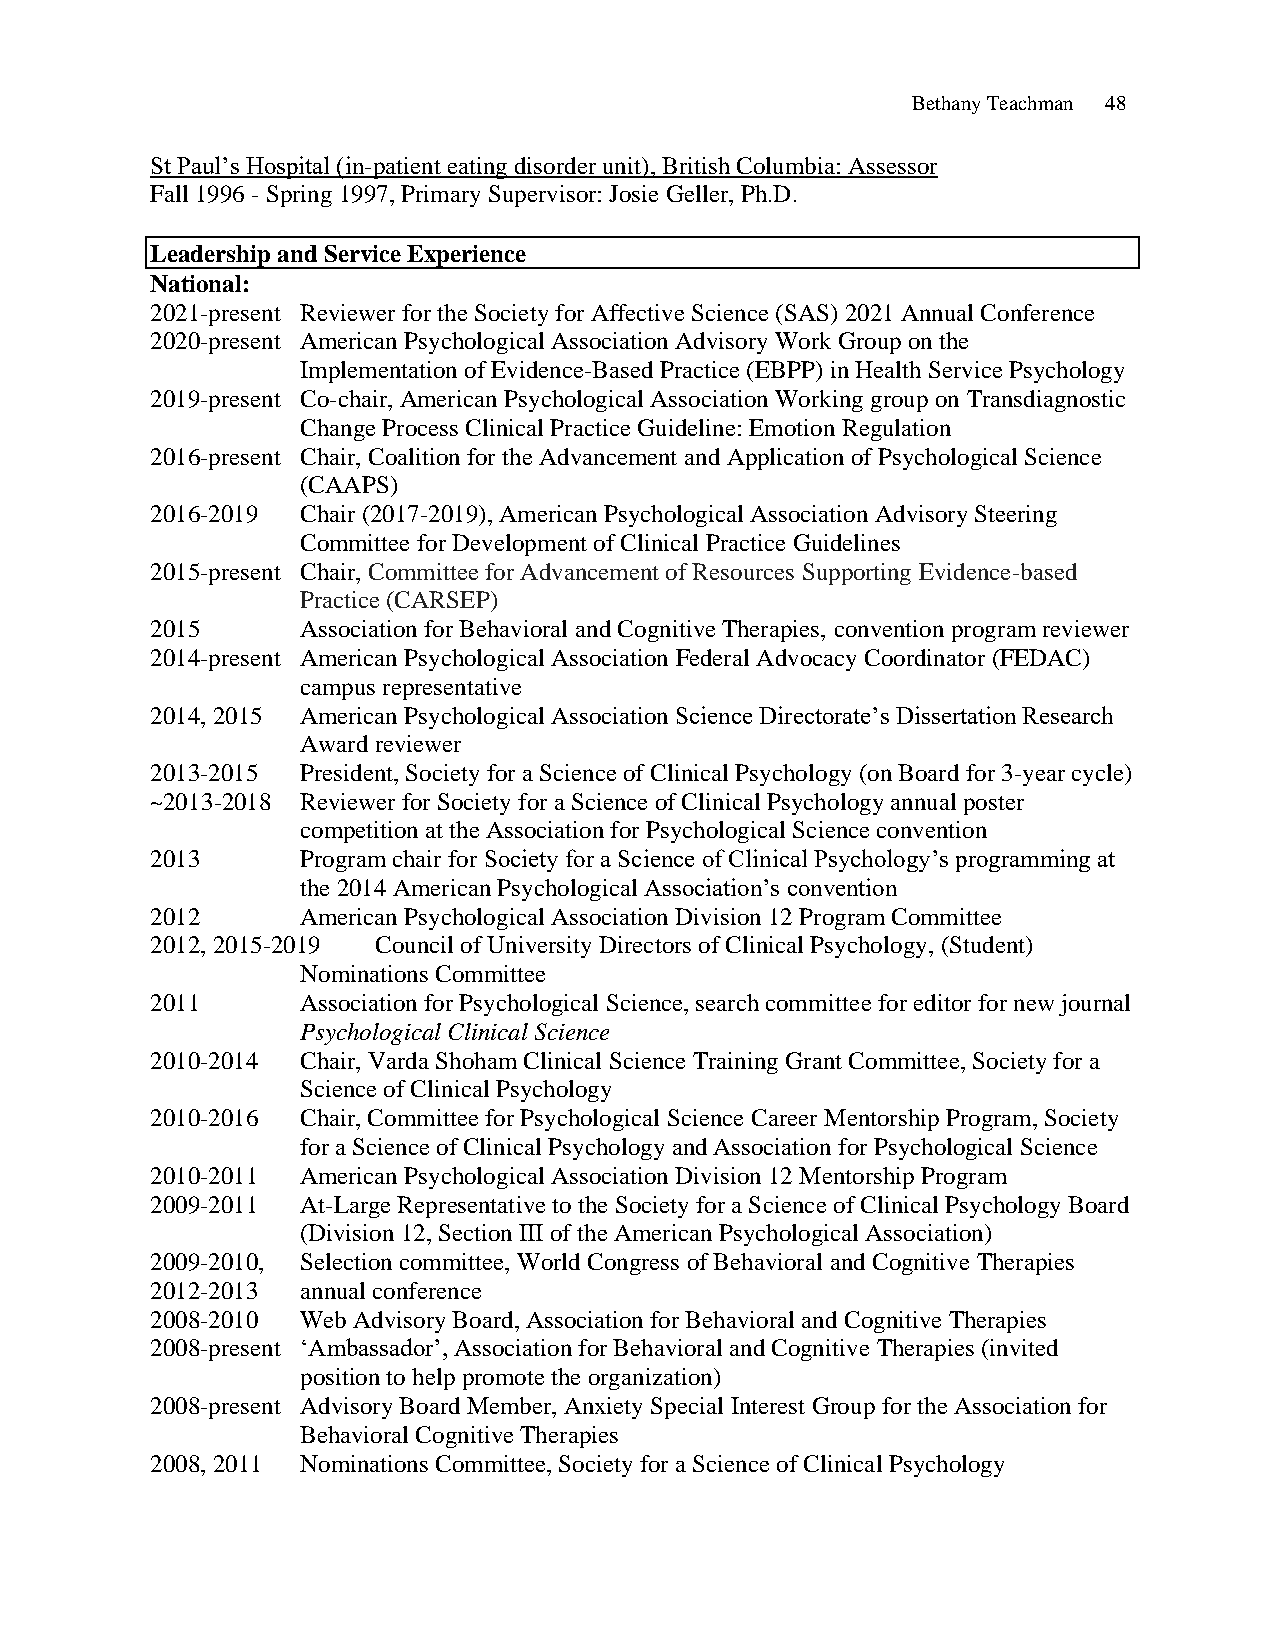
Bethany Teachman 48
 St Paul’s Hospital (in-patient eating disorder unit), British Columbia: Assessor
 Fall 1996 - Spring 1997, Primary Supervisor: Josie Geller, Ph.D.
 Leadership and Service Experience
 National:
 2021-present Reviewer for the Society for Affective Science (SAS) 2021 Annual Conference
 2020-present American Psychological Association Advisory Work Group on the
 Implementation of Evidence-Based Practice (EBPP) in Health Service Psychology
 2019-present Co-chair, American Psychological Association Working group on Transdiagnostic
 Change Process Clinical Practice Guideline: Emotion Regulation
 2016-present Chair, Coalition for the Advancement and Application of Psychological Science
 (CAAPS)
 2016-2019 Chair (2017-2019), American Psychological Association Advisory Steering
 Committee for Development of Clinical Practice Guidelines
 2015-present Chair, Committee for Advancement of Resources Supporting Evidence-based
 Practice (CARSEP)
 2015      Association for Behavioral and Cognitive Therapies, convention program reviewer
 2014-present American Psychological Association Federal Advocacy Coordinator (FEDAC)
 campus representative
 2014, 2015 American Psychological Association Science Directorate’s Dissertation Research
 Award reviewer
 2013-2015 President, Society for a Science of Clinical Psychology (on Board for 3-year cycle)
 ~2013-2018 Reviewer for Society for a Science of Clinical Psychology annual poster
 competition at the Association for Psychological Science convention
 2013      Program chair for Society for a Science of Clinical Psychology’s programming at
 the 2014 American Psychological Association’s convention
 2012      American Psychological Association Division 12 Program Committee
 2012, 2015-2019 Council of University Directors of Clinical Psychology, (Student)
 Nominations Committee
 2011      Association for Psychological Science, search committee for editor for new journal
 Psychological Clinical Science
 2010-2014 Chair, Varda Shoham Clinical Science Training Grant Committee, Society for a
 Science of Clinical Psychology
 2010-2016 Chair, Committee for Psychological Science Career Mentorship Program, Society
 for a Science of Clinical Psychology and Association for Psychological Science
 2010-2011 American Psychological Association Division 12 Mentorship Program
 2009-2011 At-Large Representative to the Society for a Science of Clinical Psychology Board
 (Division 12, Section III of the American Psychological Association)
 2009-2010, Selection committee, World Congress of Behavioral and Cognitive Therapies
 2012-2013 annual conference
 2008-2010 Web Advisory Board, Association for Behavioral and Cognitive Therapies
 2008-present ‘Ambassador’, Association for Behavioral and Cognitive Therapies (invited
 position to help promote the organization)
 2008-present Advisory Board Member, Anxiety Special Interest Group for the Association for
 Behavioral Cognitive Therapies
 2008, 2011 Nominations Committee, Society for a Science of Clinical Psychology